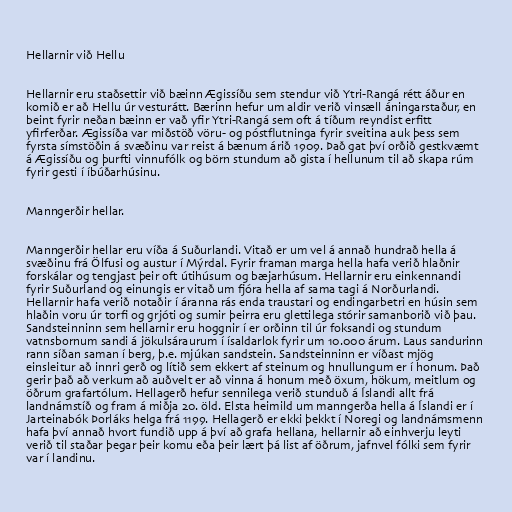
Hellarnir við Hellu

Hellarnir eru staðsettir við bæinn Ægissíðu sem stendur við Ytri-Rangá rétt áður en
komið er að Hellu úr vesturátt. Bærinn hefur um aldir verið vinsæll áningarstaður, en
beint fyrir neðan bæinn er vað yfir Ytri-Rangá sem oft á tíðum reyndist erfitt
yfirferðar. Ægissíða var miðstöð vöru- og póstflutninga fyrir sveitina auk þess sem
fyrsta símstöðin á svæðinu var reist á bænum árið 1909. Það gat því orðið gestkvæmt
á Ægissíðu og þurfti vinnufólk og börn stundum að gista í hellunum til að skapa rúm
fyrir gesti í íbúðarhúsinu.

Manngerðir hellar.

Manngerðir hellar eru víða á Suðurlandi. Vitað er um vel á annað hundrað hella á
svæðinu frá Ölfusi og austur í Mýrdal. Fyrir framan marga hella hafa verið hlaðnir
forskálar og tengjast þeir oft útihúsum og bæjarhúsum. Hellarnir eru einkennandi
fyrir Suðurland og einungis er vitað um fjóra hella af sama tagi á Norðurlandi.
Hellarnir hafa verið notaðir í áranna rás enda traustari og endingarbetri en húsin sem
hlaðin voru úr torfi og grjóti og sumir þeirra eru glettilega stórir samanborið við þau.
Sandsteinninn sem hellarnir eru hoggnir í er orðinn til úr foksandi og stundum
vatnsbornum sandi á jökulsáraurum í ísaldarlok fyrir um 10.000 árum. Laus sandurinn
rann síðan saman í berg, þ.e. mjúkan sandstein. Sandsteinninn er víðast mjög
einsleitur að innri gerð og lítið sem ekkert af steinum og hnullungum er í honum. Það
gerir það að verkum að auðvelt er að vinna á honum með öxum, hökum, meitlum og
öðrum grafartólum. Hellagerð hefur sennilega verið stunduð á Íslandi allt frá
landnámstíð og fram á miðja 20. öld. Elsta heimild um manngerða hella á Íslandi er í
Jarteinabók Þorláks helga frá 1199. Hellagerð er ekki þekkt í Noregi og landnámsmenn
hafa því annað hvort fundið upp á því að grafa hellana, hellarnir að einhverju leyti
verið til staðar þegar þeir komu eða þeir lært þá list af öðrum, jafnvel fólki sem fyrir
var í landinu.